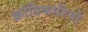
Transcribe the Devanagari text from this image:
क्रांतिकारियो